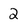
Character: 2